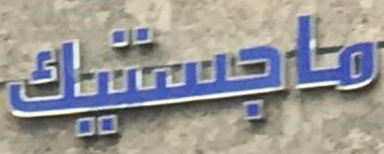
ماجيستك